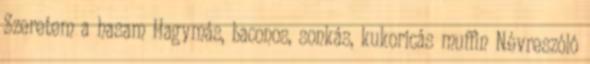
Szeretem a hasam Hagymás, baconos, sonkás, kukoricás muffin Névreszóló